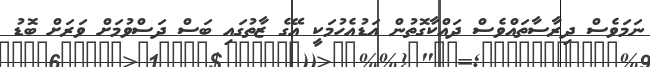
ނަމަވެސް ދިރާސާތައްވެސް ދައްކާގޮތުން އަޑުއެހުމަކީ އޭގެ ޒާތުގައި ބަސް ދަސްވުމަށް ވަރަށް ބޮޑު